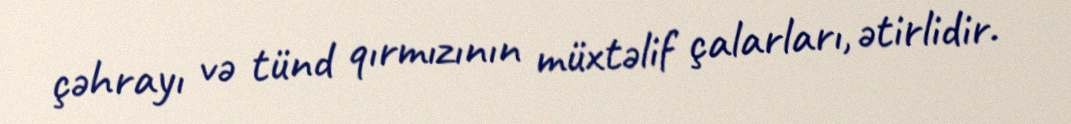
çəhrayı və tünd qırmızının müxtəlif çalarları, ətirlidir.